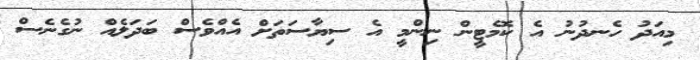
މިއަދު ހެނދުނު އެ ކޮމެޓީން ނިންމީ އެ ސިޔާސަތަށް އެއްވެސް ބަދަލެއް ނުގެނެސް